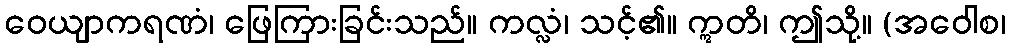
ဝေယျာကရဏံ၊ ဖြေကြားခြင်းသည်။ ကလ္လံ၊ သင့်၏။ ဣတိ၊ ဤသို့။ (အဝေါစ၊